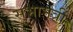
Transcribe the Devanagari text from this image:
सभामंत्री